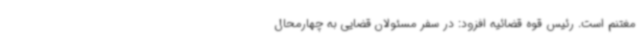
مغتنم است. رئیس قوه قضائیه افزود: در سفر مسئولان قضایی به چهارمحال